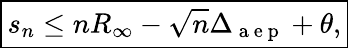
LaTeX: \begin{array}{r}{\boxed{s_{n}\leq nR_{\infty}-\sqrt{n}\Delta_{\mathrm{~a~e~p~}}+\theta,}}\end{array}